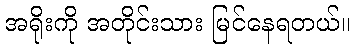
အရိုးကို အတိုင်းသား မြင်နေရတယ်။